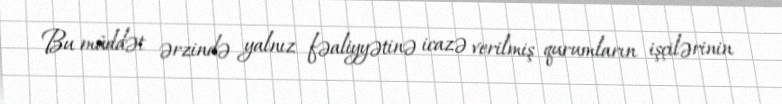
Bu müddət ərzində yalnız fəaliyyətinə icazə verilmiş qurumların işçilərinin